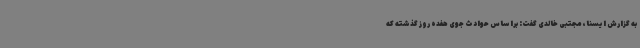
به گزارش ایسنا، مجتبی خالدی گفت: براساس حوادث جوی هفده روز گذشته که